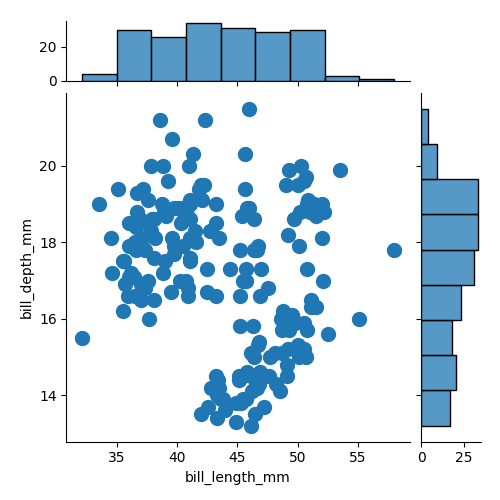
python, seaborn, jointplot, kind='scatter', height='5', ratio='5', marginal_ticks='True'